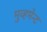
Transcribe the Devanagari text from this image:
मुव्हमेन्ट